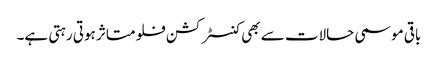
باقی موسمی حالات سے بھی کنسٹرکشن فلو متاثر ہوتی رہتی ہے۔